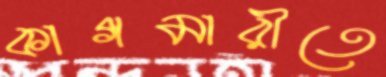
কাগমারীতে